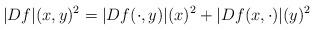
LaTeX: \begin{align*}|Df|(x,y)^2=|Df(\cdot,y)|(x)^2+|Df(x,\cdot)|(y)^2\end{align*}